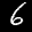
Digit: 6